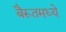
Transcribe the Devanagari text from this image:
बैरूतमध्ये